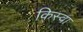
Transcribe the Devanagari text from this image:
किस्वा